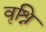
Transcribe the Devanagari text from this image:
वृश्नि